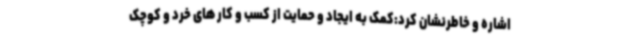
اشاره و خاطرنشان کرد:کمک به ایجاد و حمایت از کسب و کار های خرد و کوچک